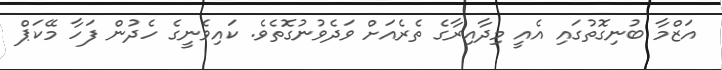
އަޒްމާ ބުނިގޮތުގައި އެއީ މިދާއިރާގެ ތެރެއަށް ވަދެވުނުގޮތެވެ. ކައިވެނީގެ ހެދުން ފަހާ މޭކަޕް